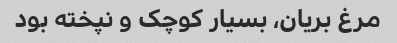
مرغ بریان، بسیار کوچک و نپخته بود